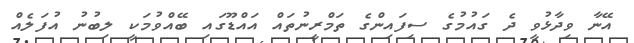
އޭނާ ވިދާޅުވީ ދެ ގައުމުގެ ސިފައިންގެ ތަމްރީނުތައް އައްޑޫގައި ބޭއްވުމަކީ ލިބުނު އުފަލެއް